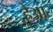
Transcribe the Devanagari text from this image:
हैआ